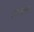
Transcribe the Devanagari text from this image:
फ्रान्तस